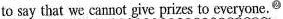
to say that we cannot give prizes to everyone. ^{②}